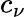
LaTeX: c_{\nu}